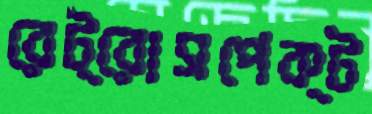
রেট্রোসপেক্ট